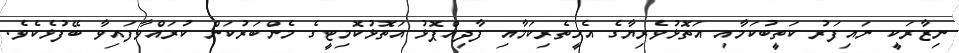
ނިޒާރަކީ ނައިފަރު ކަތީބުކަމާއި އަތޮޅުވެރިޔާގެ އެހީތެރިކަމާއި ފާދިއްޕޮޅު އަތޮޅުކޮމިޓީގެ މެންބަރުކަން ކުރައްވާފައިވާ ބޭފުޅެކެވެ.